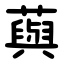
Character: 藇